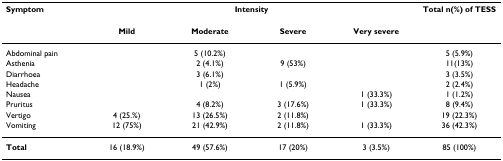
<table><thead><tr><td><b>Symptom</b></td><td colspan="4"><b>Intensity</b></td><td><b>Total n(%) of TESS</b></td></tr><tr><td></td><td><b>Mild</b></td><td><b>Moderate</b></td><td><b>Severe</b></td><td><b>Very severe</b></td><td></td></tr></thead><tbody><tr><td>Abdominal pain</td><td></td><td>5 (10.2%)</td><td></td><td></td><td>5 (5.9%)</td></tr><tr><td>Asthenia</td><td></td><td>2 (4.1%)</td><td>9 (53%)</td><td></td><td>11(13%)</td></tr><tr><td>Diarrhoea</td><td></td><td>3 (6.1%)</td><td></td><td></td><td>3 (3.5%)</td></tr><tr><td>Headache</td><td></td><td>1 (2%)</td><td>1 (5.9%)</td><td></td><td>2 (2.4%)</td></tr><tr><td>Nausea</td><td></td><td></td><td></td><td>1 (33.3%)</td><td>1 (1.2%)</td></tr><tr><td>Pruritus</td><td></td><td>4 (8.2%)</td><td>3 (17.6%)</td><td>1 (33.3%)</td><td>8 (9.4%)</td></tr><tr><td>Vertigo</td><td>4 (25.%)</td><td>13 (26.5%)</td><td>2 (11.8%)</td><td></td><td>19 (22.3%)</td></tr><tr><td>Vomiting</td><td>12 (75%)</td><td>21 (42.9%)</td><td>2 (11.8%)</td><td>1 (33.3%)</td><td>36 (42.3%)</td></tr><tr><td><b>Total</b></td><td>16 (18.9%)</td><td>49 (57.6%)</td><td>17 (20%)</td><td>3 (3.5%)</td><td>85 (100%)</td></tr></tbody></table>